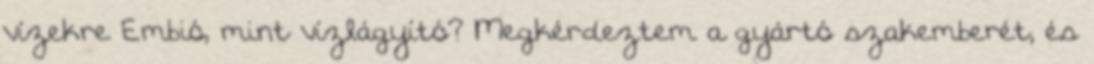
vízekre Embió, mint vízlágyító? Megkérdeztem a gyártó szakemberét, és